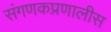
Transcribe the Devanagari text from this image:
संगणकप्रणालीस